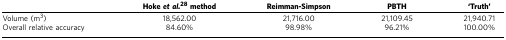
<table><thead><tr><td><b> </b></td><td><b>Hoke<i>et al.</i>28method</b></td><td><b>Reimman-Simpson</b></td><td><b>PBTH</b></td><td><b>‘Truth&#x27;</b></td></tr></thead><tbody><tr><td>Volume (m<sup>3</sup>)</td><td>18,562.00</td><td>21,716.00</td><td>21,109.45</td><td>21,940.71</td></tr><tr><td>Overall relative accuracy</td><td>84.60%</td><td>98.98%</td><td>96.21%</td><td>100.00%</td></tr></tbody></table>